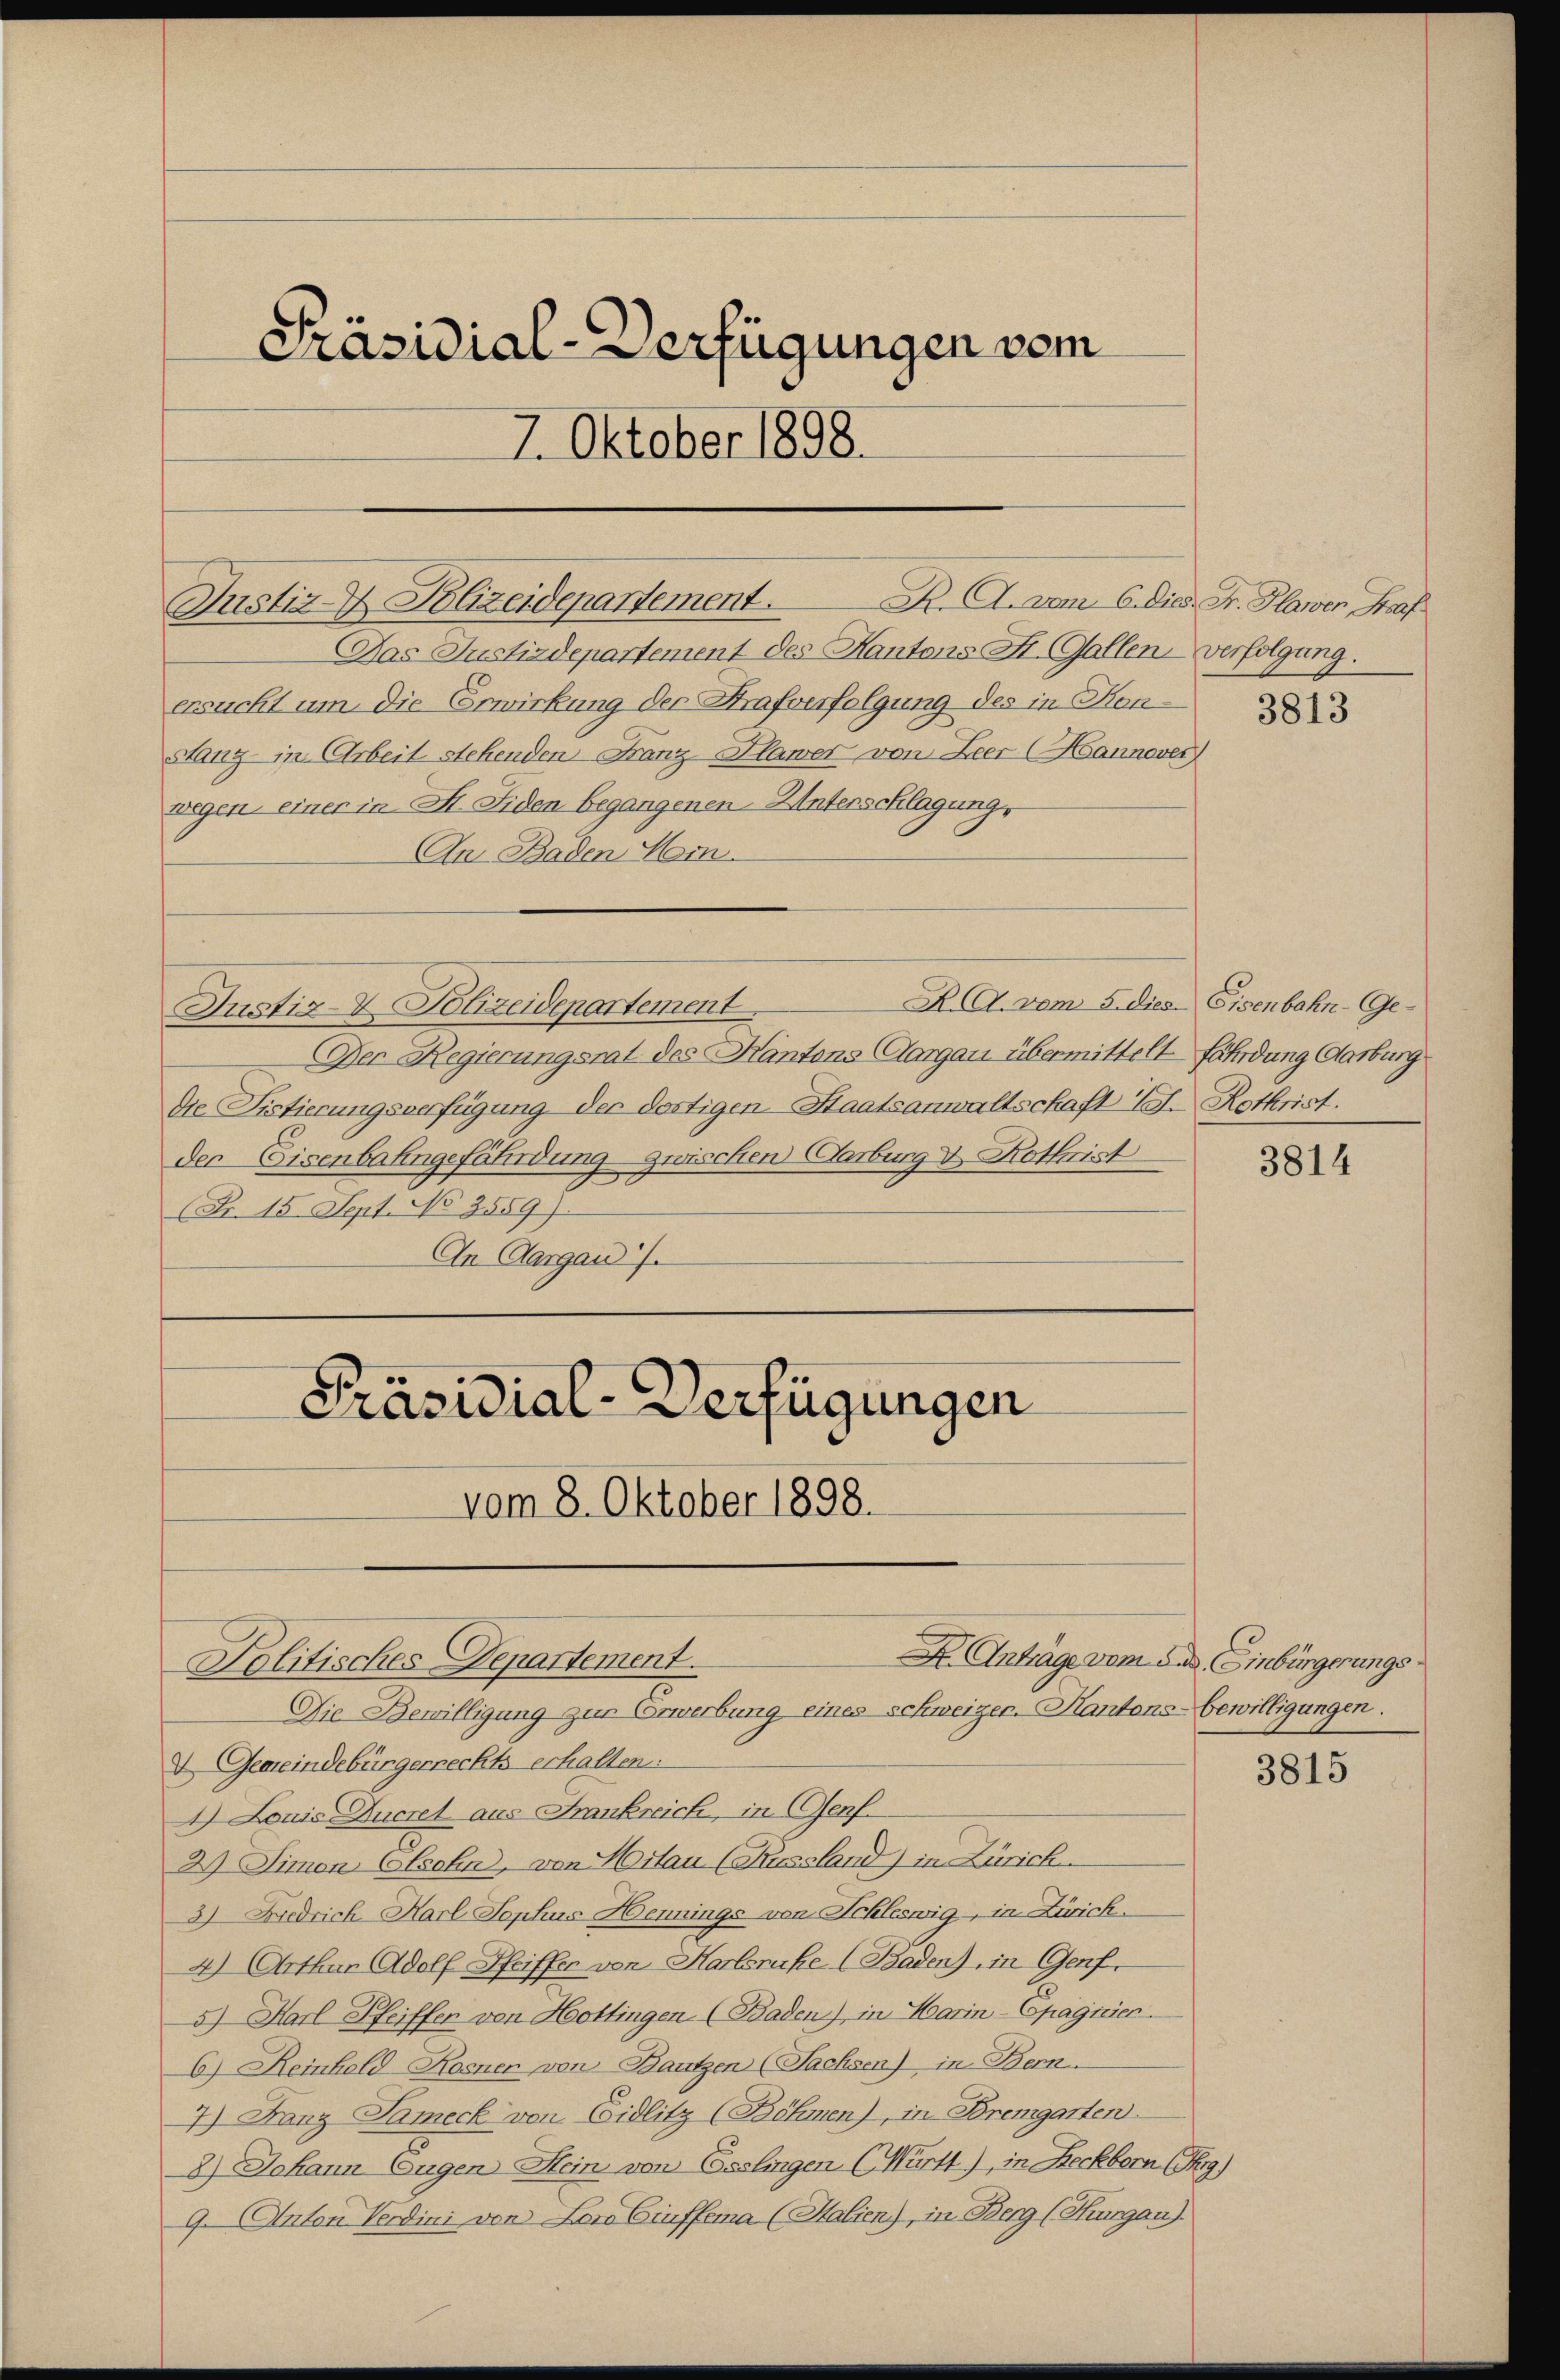
Justiz- Polizeidepartement.

Präsidial-Verfügungen vom
7. Oktober 1898.

K. A. vom 6. dies Fr. Hlawen Graf
Das Justizdepartement des Kantons St. Gallen-Verfolgung.
ersucht um die Erwirkung der Strafverfolgung des in Konstanz in Arbeit stehenden Franz Plawer von Zeer (Hannover
wegen, einer in M. Siden begangenen Unterschlagung,
An Baden Mein

K. A. vom 5. dies Eisenbahn-Ge¬
Justiz- & Polizeidepartement.
Der Regierungsrat des Kantons Aargau übermittelt fährdung Aarburg
Die Fistierungsverfügung der dortigen Staatsanwaltschaft d. Rothrist.
der Eisenbahngefährdung zwischen Carburg v. Rothrist
(Fr. 15. Sept. No 2559).
In Aargau.

Präsidial-Verfügungen

Politisches Departement.

vom 8. Oktober 1898.

Die Bewilligung zur Corwerbung eines schweizer-Kantons- bewilligungen.
V. Gemeindebürgerrechts erhalten:
1) Louis Ducret aus Frankreich, in (Genf.
2) Simon Elsohn, von Hilau (Fürssland) in Zürich
3) Diedrich Harl Lophus Hennings von Schleswig, in Zürich.
4) Arthan Adolf Pfeiffer von Karlsruhe (Baden), in Genf.
5) Karl Pfeiffen von Hottingen (Baden), in Harin-Spagnier
6) Reinhold Kornen von Bautzen (Sachsen) in Bern
7) Danz Tameck von Eidlitz (Böhmen), in Bremgarten
8) Johann Eugen Sein von Esslingen (Württ), in Reckborn (Pr)
9. (Anton Verdini von Loro Giuffema (Halien), in Berg (Thurgau).

X. Anträge vom das Einbürgerungs

3813

3814

3815